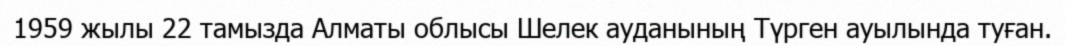
1959 жылы 22 тамызда Алматы облысы Шелек ауданының Түрген ауылында туған.